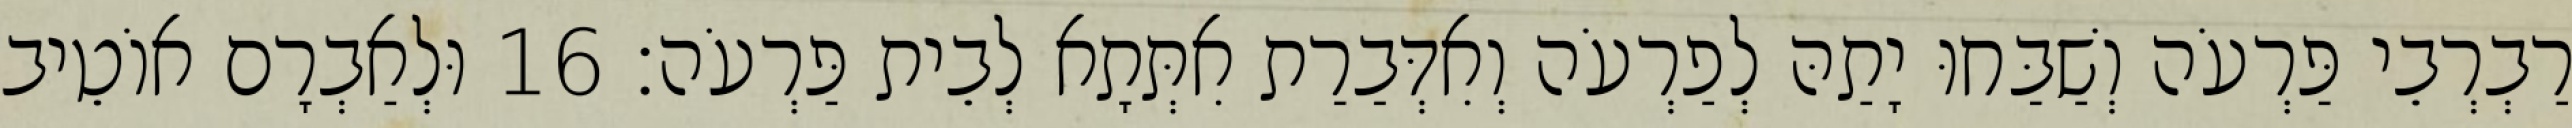
רַבְרְבֵי פַּרְעֹה וְשַׁבַּחוּ יָתַהּ לְפַרְעֹה וְאִדְּבַרַת אִתְּתָא לְבֵית פַּרְעֹה׃ 16 וּלְאַבְרָם אוֹטֵיב